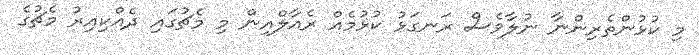
މި ކުޅުންތެރިންނާ ނުލާވެސް ރަނގަޅު ކުޅުމެއް ރެއާލްއިން މި މެޗުގައި ދެއްކިއިރު މެޗުގެ